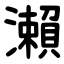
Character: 瀨